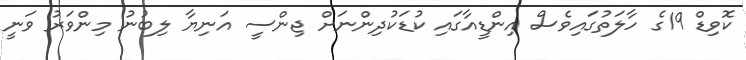
ކޮވިޑް 19ގެ ހާލަތުގައިވެސް އިންޑީއާގައި ކުޑަކުދިންނަށް ޖިންސީ އަނިޔާ ލިބުނު މިންވަރު ވަނީ